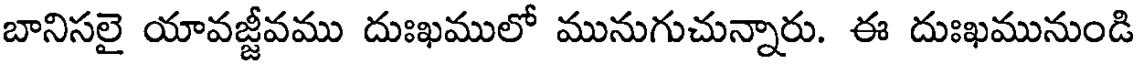
బానిసలై యావజ్జీవము దుఃఖములో మునుగుచున్నారు. ఈ దుఃఖమునుండి